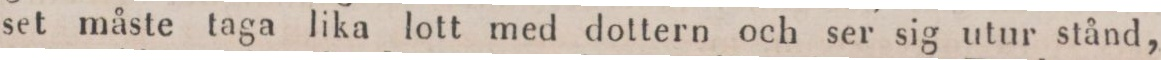
set måste taga lika lott med dottern och ser sig utur stånd,